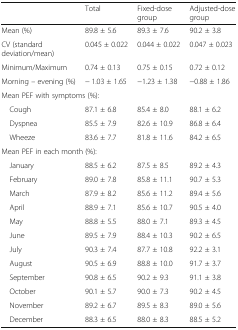
|  | Total | Fixed-dose group | Adjusted-dose group |
 | --- | --- | --- | --- |
 | Mean (%) | 89.8 ± 5.6 | 89.3 ± 7.6 | 90.2 ± 3.8 |
 | CV (standard deviation/mean) | 0.045 ± 0.022 | 0.044 ± 0.022 | 0.047 ± 0.023 |
 | Minimum/Maximum | 0.74 ± 0.13 | 0.75 ± 0.15 | 0.72 ± 0.12 |
 | Morning – evening (%) | − 1.03 ± 1.65 | −1.23 ± 1.38 | −0.88 ± 1.86 |
 | <COLSPAN=4> Mean PEF with symptoms (%): |
 | Cough | 87.1 ± 6.8 | 85.4 ± 8.0 | 88.1 ± 6.2 |
 | Dyspnea | 85.5 ± 7.9 | 82.6 ± 10.9 | 86.8 ± 6.4 |
 | Wheeze | 83.6 ± 7.7 | 81.8 ± 11.6 | 84.2 ± 6.5 |
 | <COLSPAN=4> Mean PEF in each month (%): |
 | January | 88.5 ± 6.2 | 87.5 ± 8.5 | 89.2 ± 4.3 |
 | February | 89.0 ± 7.8 | 85.8 ± 11.1 | 90.7 ± 5.3 |
 | March | 87.9 ± 8.2 | 85.6 ± 11.2 | 89.4 ± 5.6 |
 | April | 88.9 ± 7.1 | 85.6 ± 10.7 | 90.5 ± 4.0 |
 | May | 88.8 ± 5.5 | 88.0 ± 7.1 | 89.3 ± 4.5 |
 | June | 89.5 ± 7.9 | 88.4 ± 10.3 | 90.2 ± 6.5 |
 | July | 90.3 ± 7.4 | 87.7 ± 10.8 | 92.2 ± 3.1 |
 | August | 90.5 ± 6.9 | 88.8 ± 10.0 | 91.7 ± 3.7 |
 | September | 90.8 ± 6.5 | 90.2 ± 9.3 | 91.1 ± 3.8 |
 | October | 90.1 ± 5.7 | 90.0 ± 7.3 | 90.2 ± 4.5 |
 | November | 89.2 ± 6.7 | 89.5 ± 8.3 | 89.0 ± 5.6 |
 | December | 88.3 ± 6.5 | 88.0 ± 8.3 | 88.5 ± 5.2 |